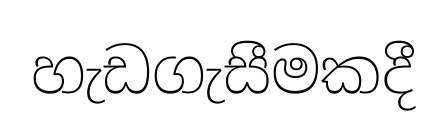
හැඩගැසීමකදී